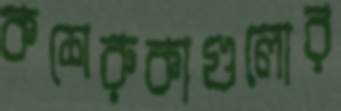
কশেরুকাগুলোর